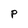
Character: P